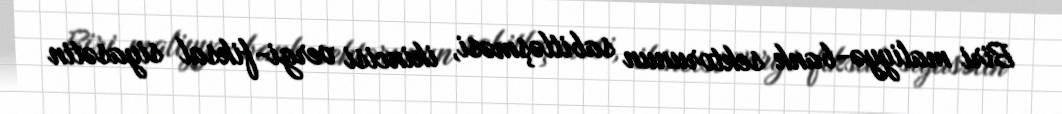
Biri maliyyə-bank sektorunun sabitləşməsi, ikincisi vergi-fiksal siyasətin